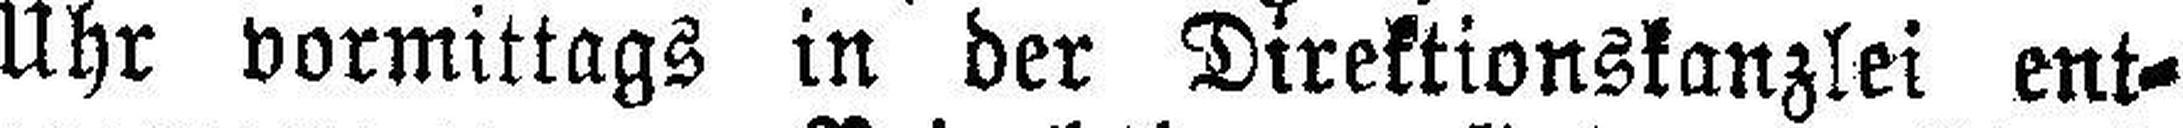
Uhr vormittags in der Direktionskanzlei ent¬